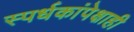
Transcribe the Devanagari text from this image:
स्पर्धकांपेक्षाही